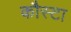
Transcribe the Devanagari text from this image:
कौस्टा